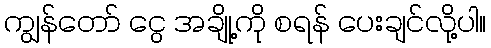
ကျွန်တော် ငွေ အချို့ကို စရန် ပေးချင်လို့ပါ။